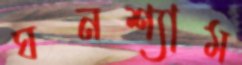
ঘনশ্যাম